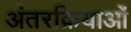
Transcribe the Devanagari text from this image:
अंतरक्रियाओं